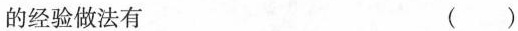
的经验做法有 ( )